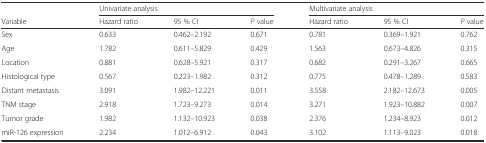
<table><thead><tr><td></td><td colspan="3"><b>Univariate analysis</b></td><td colspan="3"><b>Multivariate analysis</b></td></tr><tr><td><b>Variable</b></td><td><b>Hazard ratio</b></td><td><b>95 % CI</b></td><td><b><i>P</i> value</b></td><td><b>Hazard ratio</b></td><td><b>95 % CI</b></td><td><b><i>P</i> value</b></td></tr></thead><tbody><tr><td>Sex</td><td>0.633</td><td>0.462–2.192</td><td>0.671</td><td>0.781</td><td>0.369–1.921</td><td>0.762</td></tr><tr><td>Age</td><td>1.782</td><td>0.611–5.829</td><td>0.429</td><td>1.563</td><td>0.673–4.826</td><td>0.315</td></tr><tr><td>Location</td><td>0.881</td><td>0.628–5.921</td><td>0.317</td><td>0.682</td><td>0.291–3.267</td><td>0.665</td></tr><tr><td>Histological type</td><td>0.567</td><td>0.223–1.982</td><td>0.312</td><td>0.775</td><td>0.478–1.289</td><td>0.583</td></tr><tr><td>Distant metastasis</td><td>3.091</td><td>1.982–12.221</td><td>0.011</td><td>3.558</td><td>2.182–12.673</td><td>0.005</td></tr><tr><td>TNM stage</td><td>2.918</td><td>1.723–9.273</td><td>0.014</td><td>3.271</td><td>1.923–10.882</td><td>0.007</td></tr><tr><td>Tumor grade</td><td>1.982</td><td>1.132–10.923</td><td>0.038</td><td>2.376</td><td>1.234–8.923</td><td>0.012</td></tr><tr><td>miR-126 expression</td><td>2.234</td><td>1.012–6.912</td><td>0.043</td><td>3.102</td><td>1.113–9.023</td><td>0.018</td></tr></tbody></table>